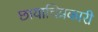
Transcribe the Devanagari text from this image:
छायाचित्रकारी